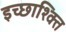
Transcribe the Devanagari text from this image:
इच्छाश्क्ति